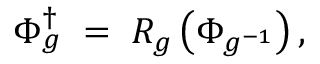
\Phi _ { g } ^ { \dagger } \; = \; R _ { g } \left( \Phi _ { g ^ { - 1 } } \right) ,